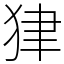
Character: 𤝽